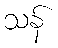
သန်